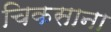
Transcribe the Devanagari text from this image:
चिकसाना